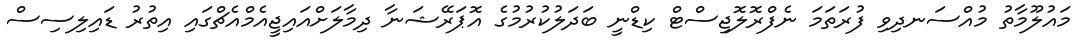
މައުލޫމާތު މުއްސަނދިވި ފުރަތަމަ ނެފްރޮލޮޖިސްޓް ކިޑްނީ ބަދަލުކުރުމުގެ އޮޕަރޭޝަނާ ދިމާލަށްއައިޖީއެމްއެޗްގައި އިތުރު ޑައިލިސިސް